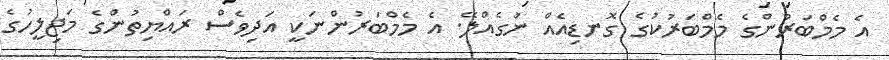
އެ މެމްބަރުންގެ މެމްބަރުަކުގެ ގޮނޑިއެއް ނުގެއްލޭ. އެ މެމްބަރުންނަކީ އަދިވެސް ރައްޔިތުންގެ މަޖިލީހުގެ